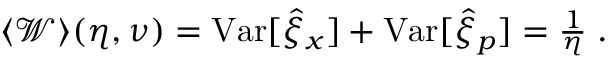
\begin{array} { r } { \langle \mathcal { W } \rangle ( \eta , \nu ) = \mathrm { V a r } [ \hat { \xi } _ { x } ] + \mathrm { V a r } [ \hat { \xi } _ { p } ] = \frac { 1 } { \eta } \; . } \end{array}